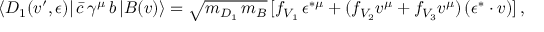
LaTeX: \langle D _ { 1 } ( v ^ { \prime } , \epsilon ) | \, \bar { c } \, \gamma ^ { \mu } \, b \, | B ( v ) \rangle = \sqrt { m _ { D _ { 1 } } \, m _ { B } } \, [ f _ { V _ { 1 } } \, \epsilon ^ { * \mu } + ( f _ { V _ { 2 } } v ^ { \mu } + f _ { V _ { 3 } } v ^ { \mu } ) \, ( \epsilon ^ { * } \cdot v ) ] \, ,